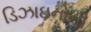
ડિઝાઇનોની